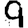
Digit: 9